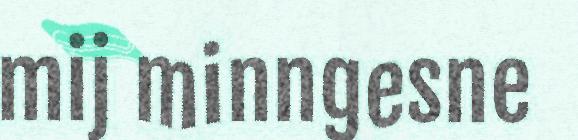
mij minngesne